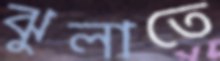
ঝুলাতে